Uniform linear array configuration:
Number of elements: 48
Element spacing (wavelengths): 1
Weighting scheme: uniform
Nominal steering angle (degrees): -15
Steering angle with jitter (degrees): -13.413
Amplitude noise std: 0.05
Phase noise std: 0.05

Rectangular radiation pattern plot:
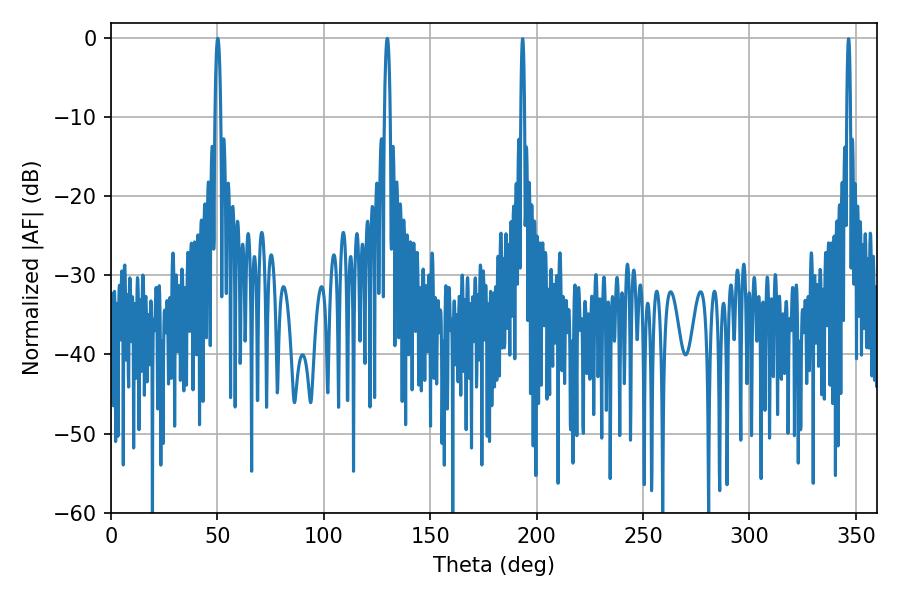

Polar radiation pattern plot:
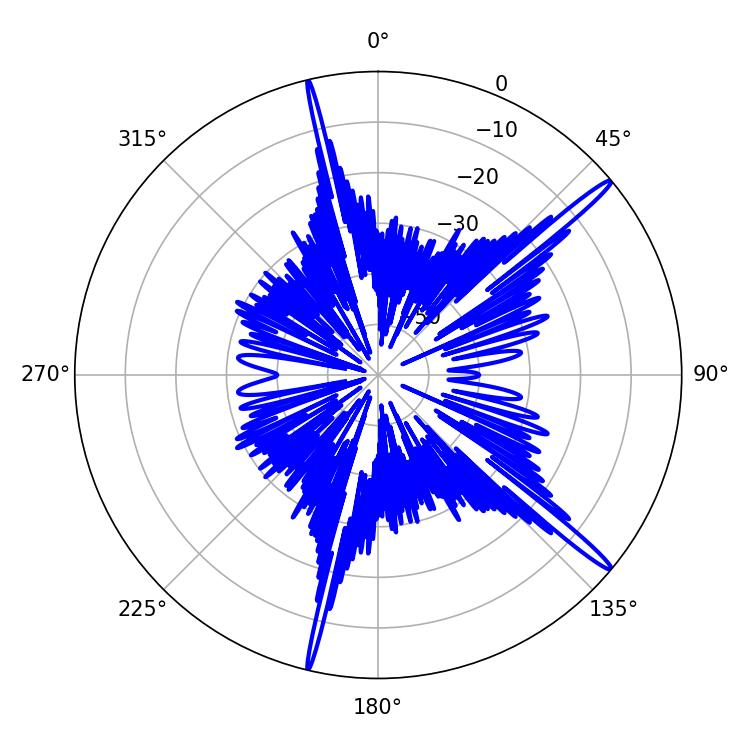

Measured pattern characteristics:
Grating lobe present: TRUE
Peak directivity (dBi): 17.006
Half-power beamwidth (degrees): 1.44
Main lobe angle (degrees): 129.78